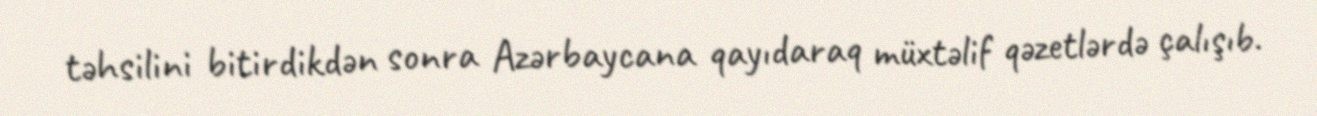
təhsilini bitirdikdən sonra Azərbaycana qayıdaraq müxtəlif qəzetlərdə çalışıb.